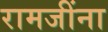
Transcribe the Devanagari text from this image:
रामजींना